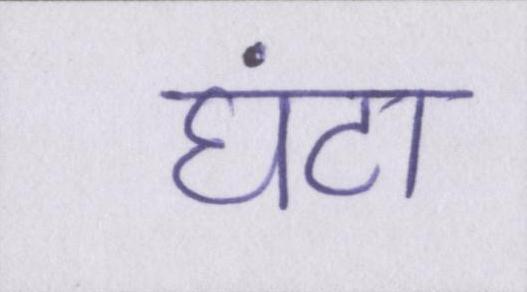
घंटा